Annual report of the Civil Veterinary Department, Bengal, and of the Bengal Veterinary College, for the year 1900-1901 - 1900-1901
Year: 1900
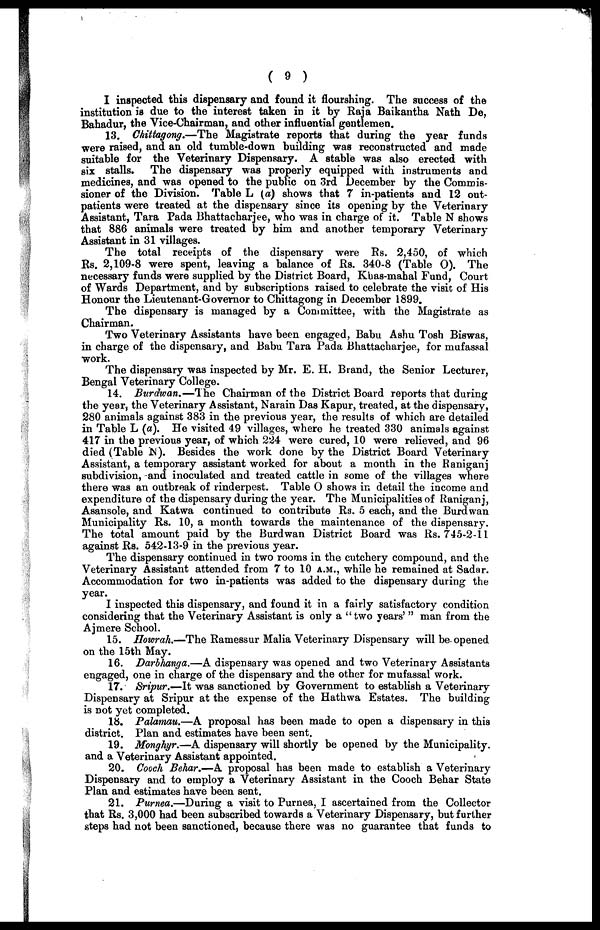
( 9 )
I inspected this dispensary and found it flourshing. The success of the
institution is due to the interest taken in it by Raja Baikantha Nath De,
Bahadur, the Vice-Chairman, and other influential gentlemen.
13. Chittagong.—The Magistrate reports that during the year funds
were raised, and an old tumble-down building was reconstructed and made
suitable for the Veterinary Dispensary. A stable was also erected with
six stalls. The dispensary was properly equipped with instruments and
medicines, and was opened to the public on 3rd December by the Commis-
sioner of the Division. Table L (a) shows that 7 in-patients and 12 out-
patients were treated at the dispensary since its opening by the Veterinary
Assistant, Tara Pada Bhattacharjee, who was in charge of it. Table N shows
that 886 animals were treated by him and another temporary Veterinary
Assistant in 31 villages.
The total receipts of the dispensary were Rs. 2,450, of which
Rs. 2,109-8 were spent, leaving a balance of Rs. 340-8 (Table 0). The
necessary funds were supplied by the District Board, Khas-mahal Fund, Court
of Wards Department, and by subscriptions raised to celebrate the visit of His
Honour the Lieutenant-Governor to Chittagong in December 1899.
The dispensary is managed by a Committee, with the Magistrate as
Chairman.
Two Veterinary Assistants have been engaged, Babu Ashu Tosh Biswas,
in charge of the dispensary, and Babu Tara Pada Bhattacharjee, for mufassal
work.
The dispensary was inspected by Mr. E. H. Brand, the Senior Lecturer,
Bengal Veterinary College.
14. Burdwan.—The Chairman of the District Board reports that during
the year, the Veterinary Assistant, Narain Das Kapur, treated, at the dispensary,
280 animals against 383 in the previous year, the results of which are detailed
in Table L (a). He visited 49 villages, where he treated 330 animals against
417 in the previous year, of which 224 were cured, 10 were relieved, and 96
died (Table N). Besides the work done by the District Board Veterinary
Assistant, a temporary assistant worked for about a month in the Raniganj
subdivision, -and inoculated and treated cattle in some of the villages where
there was an outbreak of rinderpest. Table O shows in detail the income and
expenditure of the dispensary during the year. The Municipalities of Raniganj,
Asansole, and Katwa continued to contribute Rs. 5 each, and the Burdwan
Municipality Rs. 10, a month towards the maintenance of the dispensary.
The total amount paid by the Burdwan District Board was Rs. 745-2-11
against Rs. 542-13-9 in the previous year.
The dispensary continued in two rooms in the cutchery compound, and the
Veterinary Assistant attended from 7 to 10 A.M., while he remained at Sadar.
Accommodation for two in-patients was added to the dispensary during the
year.
I inspected this dispensary, and found it in a fairly satisfactory condition
considering that the Veterinary Assistant is only a "two years' " man from the
Ajmere School.
15. Howrah.—The Ramessur Malia Veterinary Dispensary will be opened
on the 15th May.
16. Darbhanga.—A dispensary was opened and two Veterinary Assistants
engaged, one in charge of the dispensary and the other for mufassal work.
17. Sripur.—It was sanctioned by Government to establish a Veterinary
Dispensary at Sripur at the expense of the Hathwa Estates. The building
is not yet completed.
18. Palamau.—A proposal has been made to open a dispensary in this
district. Plan and estimates have been sent.
19. Monghyr.—A dispensary will shortly be opened by the Municipality.
and a Veterinary Assistant appointed.
20. Cooch Behar.—A proposal has been made to establish a Veterinary
Dispensary and to employ a Veterinary Assistant in the Cooch Behar State
Plan and estimates have been sent.
21. Purnea.—During a visit to Purnea, I ascertained from the Collector
that Rs. 3,000 had been subscribed towards a Veterinary Dispensary, but further
steps had not been sanctioned, because there was no guarantee that funds to